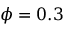
\phi = 0 . 3